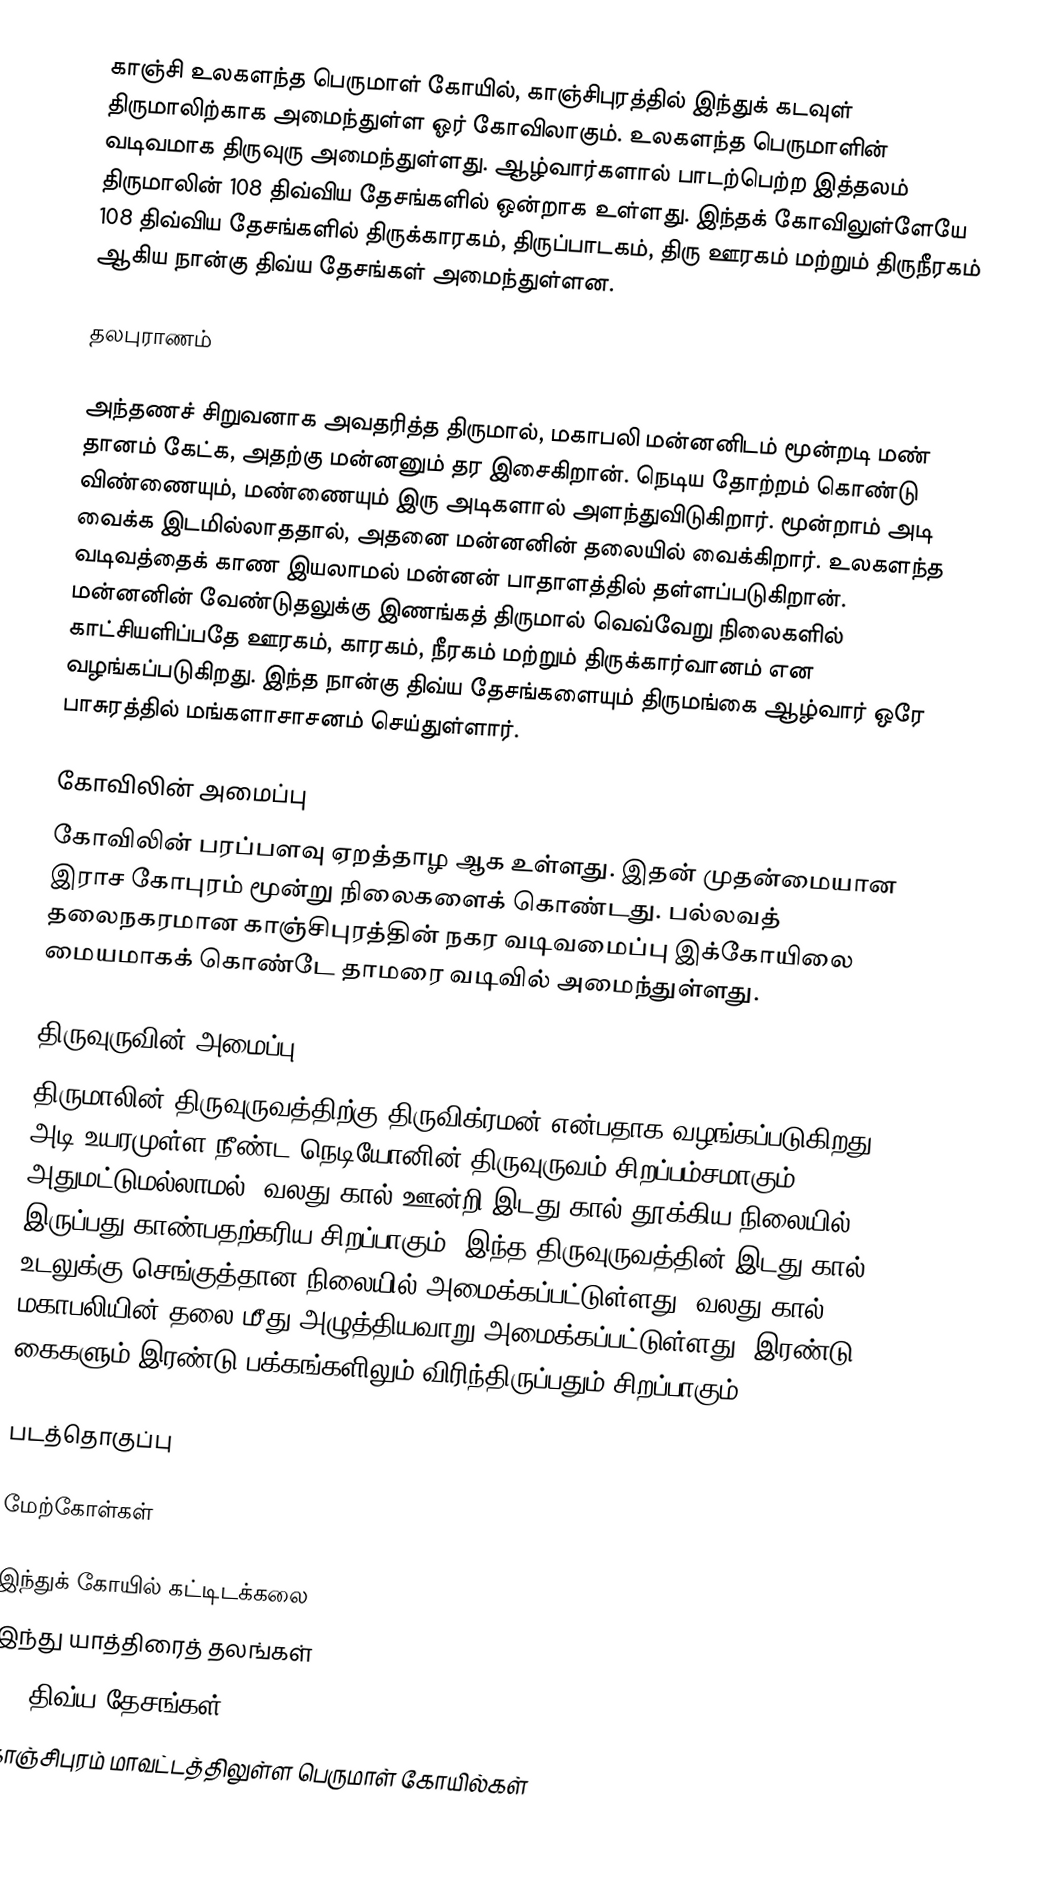
காஞ்சி உலகளந்த பெருமாள் கோயில்,  காஞ்சிபுரத்தில் இந்துக் கடவுள் திருமாலிற்காக அமைந்துள்ள ஓர் கோவிலாகும். உலகளந்த பெருமாளின் வடிவமாக திருவுரு அமைந்துள்ளது. ஆழ்வார்களால் பாடற்பெற்ற இத்தலம் திருமாலின் 108 திவ்விய தேசங்களில் ஒன்றாக உள்ளது. இந்தக் கோவிலுள்ளேயே 108 திவ்விய தேசங்களில் திருக்காரகம், திருப்பாடகம், திரு ஊரகம் மற்றும் திருநீரகம் ஆகிய நான்கு திவ்ய தேசங்கள் அமைந்துள்ளன.

தலபுராணம்

அந்தணச் சிறுவனாக அவதரித்த திருமால், மகாபலி மன்னனிடம் மூன்றடி மண் தானம் கேட்க, அதற்கு மன்னனும் தர இசைகிறான். நெடிய தோற்றம் கொண்டு விண்ணையும், மண்ணையும் இரு அடிகளால் அளந்துவிடுகிறார். மூன்றாம் அடி வைக்க இடமில்லாததால், அதனை மன்னனின் தலையில் வைக்கிறார். உலகளந்த வடிவத்தைக் காண இயலாமல் மன்னன் பாதாளத்தில் தள்ளப்படுகிறான். மன்னனின் வேண்டுதலுக்கு இணங்கத் திருமால் வெவ்வேறு நிலைகளில் காட்சியளிப்பதே ஊரகம், காரகம், நீரகம் மற்றும் திருக்கார்வானம் என வழங்கப்படுகிறது. இந்த நான்கு திவ்ய தேசங்களையும் திருமங்கை ஆழ்வார் ஒரே பாசுரத்தில் மங்களாசாசனம் செய்துள்ளார்.

கோவிலின் அமைப்பு
கோவிலின் பரப்பளவு ஏறத்தாழ  ஆக உள்ளது. இதன் முதன்மையான இராச கோபுரம் மூன்று நிலைகளைக் கொண்டது. பல்லவத் தலைநகரமான காஞ்சிபுரத்தின் நகர வடிவமைப்பு இக்கோயிலை மையமாகக் கொண்டே தாமரை வடிவில் அமைந்துள்ளது.

திருவுருவின் அமைப்பு
திருமாலின் திருவுருவத்திற்கு திருவிக்ரமன் என்பதாக வழங்கப்படுகிறது. 30 அடி உயரமுள்ள நீண்ட நெடியோனின் திருவுருவம் சிறப்பம்சமாகும். அதுமட்டுமல்லாமல், வலது கால் ஊன்றி இடது கால் தூக்கிய நிலையில் இருப்பது காண்பதற்கரிய சிறப்பாகும். இந்த திருவுருவத்தின் இடது கால் உடலுக்கு செங்குத்தான நிலையில் அமைக்கப்பட்டுள்ளது. வலது கால் மகாபலியின் தலை மீது அழுத்தியவாறு அமைக்கப்பட்டுள்ளது. இரண்டு கைகளும் இரண்டு பக்கங்களிலும் விரிந்திருப்பதும் சிறப்பாகும்.

படத்தொகுப்பு

மேற்கோள்கள்

இந்துக் கோயில் கட்டிடக்கலை
இந்து யாத்திரைத் தலங்கள்
108 திவ்ய தேசங்கள்
காஞ்சிபுரம் மாவட்டத்திலுள்ள பெருமாள் கோயில்கள்